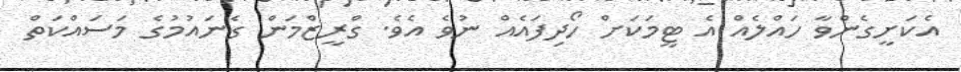
އެކަށީގެންވާ ހައްލެއް އެ ޓީމަކަށް ހޯދިފައެއް ނުވެ އެވެ. ގްރީޒްމަން ގެނައުމުގެ މަސައްކަތް